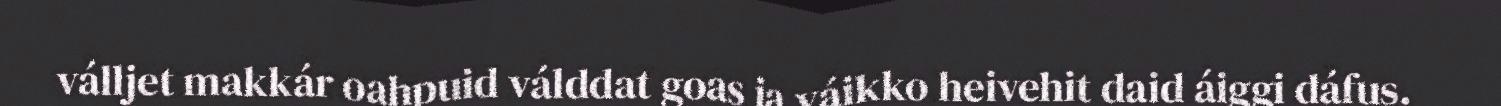
válljet makkár oahpuid válddat goas ja váikko heivehit daid áiggi dáfus.